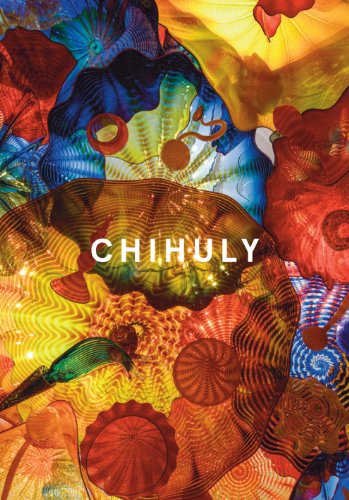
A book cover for Chihuly; Crafts, Hobbies & Home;